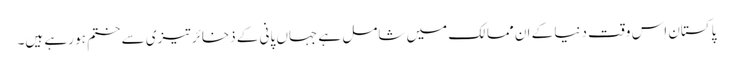
پاکستان اس وقت دنیا کے ان ممالک میں شامل ہے جہاں پانی کے ذخائر تیزی سے ختم ہو رہے ہیں۔